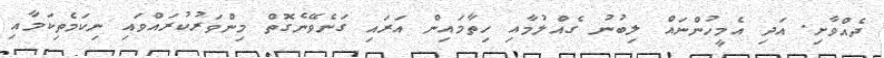
ދެއްވާށި. އަދި އެމީހުންނައް ލިބުނު ގެއްލުމާއި ހިތާމައިން އަރައި ގަނެވޭނެގޮތް މިންވަރުކުރައްވައި ނިކަމެތިކަމާއި